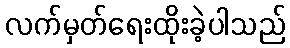
လက်မှတ်ရေးထိုးခဲ့ပါသည်